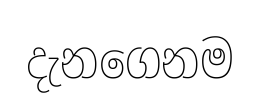
දැනගෙනම